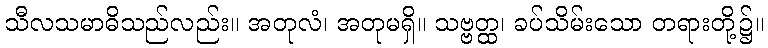
သီလသမာဓိသည်လည်း။ အတုလံ၊ အတုမရှိ။ သဗ္ဗတ္ထ၊ ခပ်သိမ်းသော တရားတို့၌။